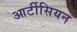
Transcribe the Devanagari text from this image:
आर्टीसियन